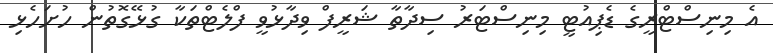
އެ މިނިސްޓްރީގެ ޑެޕިއުޓީ މިނިސްޓަރު ސިދާތާ ޝަރީފް ވިދާޅުވީ ފްލެޓްތަކާ ގުޅޭގޮތުން ހުށަހެޅި